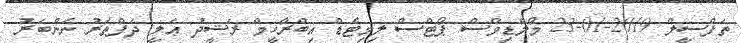
ތަފްސީލް 2019-01-23 މޯލްޑިވްސް ޕޯޓްސް ލިމިޓެޑް އިބްރާހީމް ރަޝީދު ޢަލީ ދަފްތަރު ނަންބަރު